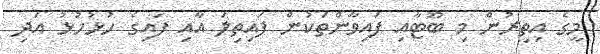
މީގެ އިތިރުން މި ބޫޓާއި ފައިވާންތަކުން ފައިތިލަ އާއި ފައިގެ ހުޅުހުޅު އަދި